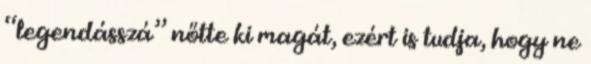
“legendásszá” nőtte ki magát, ezért is tudja, hogy ne